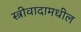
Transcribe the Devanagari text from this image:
स्त्रीवादामधील